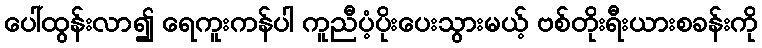
ပေါ်ထွန်းလာ၍ ရေကူးကန်ပါ ကူညီပံ့ပိုးပေးသွားမယ့် ဗစ်တိုးရီးယားစခန်းကို